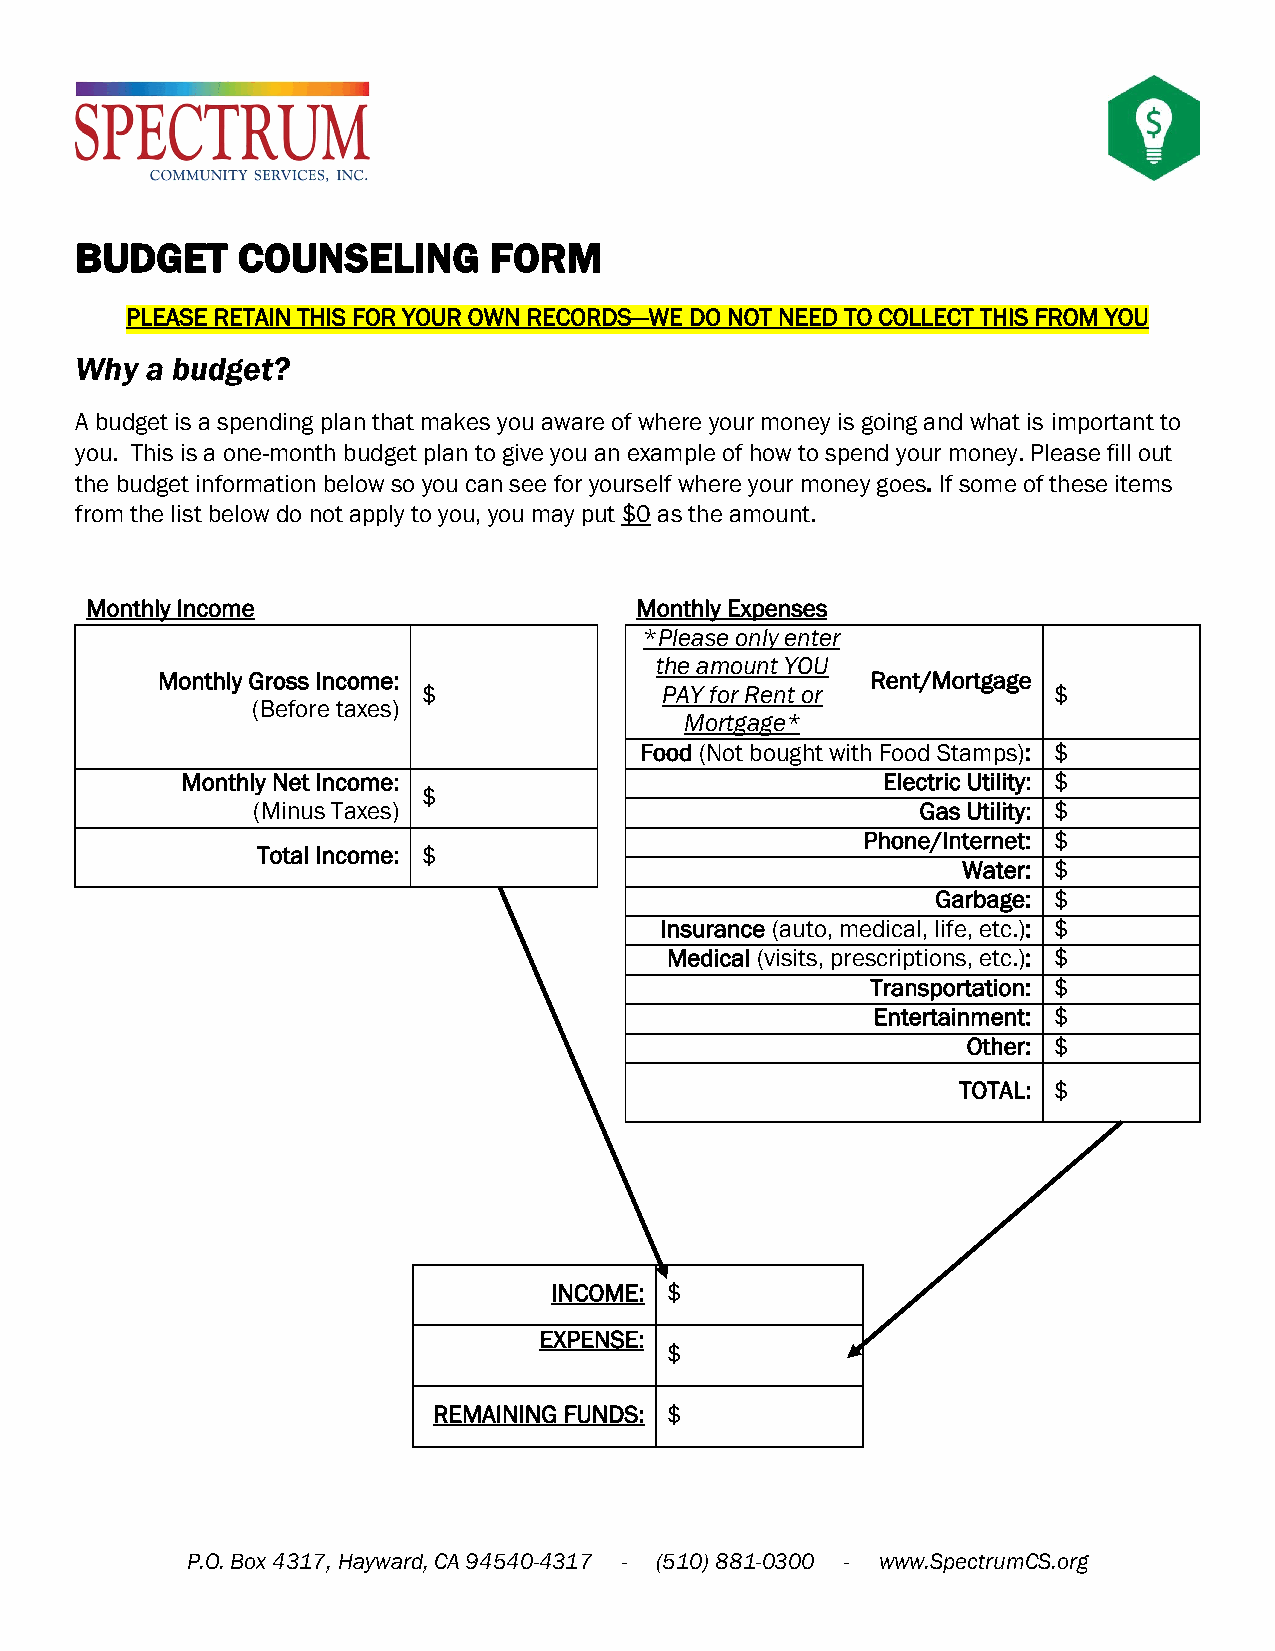
BUDGET     COUNSELING      FORM
 PLEASE RETAIN THIS FOR YOUR OWN RECORDS—WE DO NOT NEED TO COLLECT THIS FROM YOU
 Why  a budget?
 A budget is a spending plan that makes you aware of where your money is going and what is important to
 you. This is a one-month budget plan to give you an example of how to spend your money. Please fill out
 the budget information below so you can see for yourself where your money goes. If some of these items
 from the list below do not apply to you, you may put $0 as the amount.
 Monthly Income                      Monthly Expenses
 *Please only enter
 the amount YOU
 Monthly Gross Income:                           Rent/Mortgage
 $               PAY for Rent or           $
 (Before taxes)
 Mortgage*
 Food (Not bought with Food Stamps): $
 Monthly Net Income:                           Electric Utility: $
 $
 (Minus Taxes)                               Gas Utility: $
 Phone/Internet: $
 Total Income: $
 Water: $
 Garbage: $
 Insurance (auto, medical, life, etc.): $
 Medical (visits, prescriptions, etc.): $
 Transportation: $
 Entertainment: $
 Other: $
 TOTAL: $
 INCOME: $
 EXPENSE:
 $
 REMAINING FUNDS: $
 P.O. Box 4317, Hayward, CA 94540-4317 - (510) 881-0300 - www.SpectrumCS.org